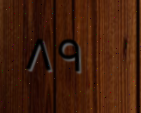
٨٩